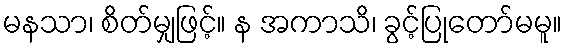
မနသာ၊ စိတ်မျှဖြင့်။ န အကာသိ၊ ခွင့်ပြုတော်မမူ။